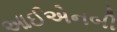
આઈએનબી